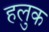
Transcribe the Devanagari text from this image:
हलुक